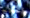
الحجج